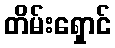
တိမ်းရှောင်